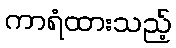
ကာရံထားသည့်